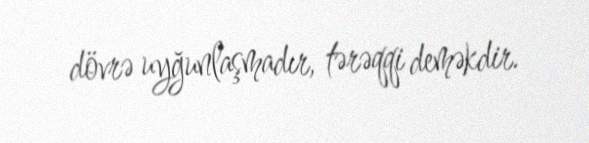
dövrə uyğunlaşmadır, tərəqqi deməkdir.